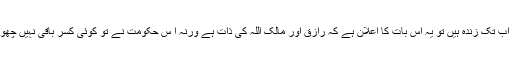
لوگ اب تک زندہ ہیں تو یہ اس بات کا اعلان ہے کہ رازق اور مالک اللہ کی ذات ہے ورنہ ا س حکومت نے تو کوئی کسر باقی نہیں چھوڑی ۔